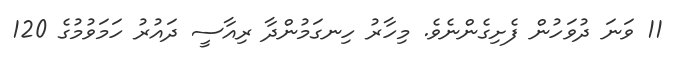
11 ވަނަ ދުވަހުން ފެށިގެންނެވެ. މިހާރު ހިނގަމުންދާ ރިއާސީ ދައުރު ހަމަވުމުގެ 120